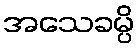
အသေခမ္ပိ